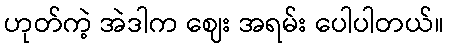
ဟုတ်ကဲ့ အဲဒါက ဈေး အရမ်း ပေါပါတယ်။